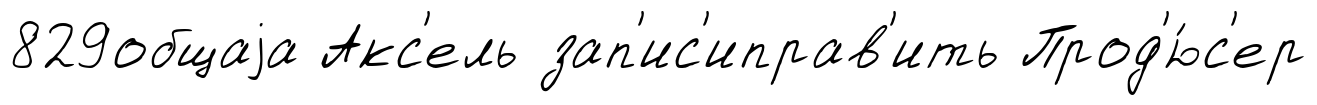
829общаjа Акс'ель зап'ис'иправ'ить Прод'ю́с'ер